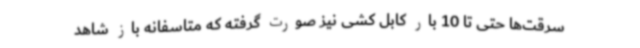
سرقت‌ها حتی تا 10 بار کابل کشی نیز صورت گرفته که متاسفانه باز شاهد